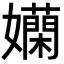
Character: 𡤄